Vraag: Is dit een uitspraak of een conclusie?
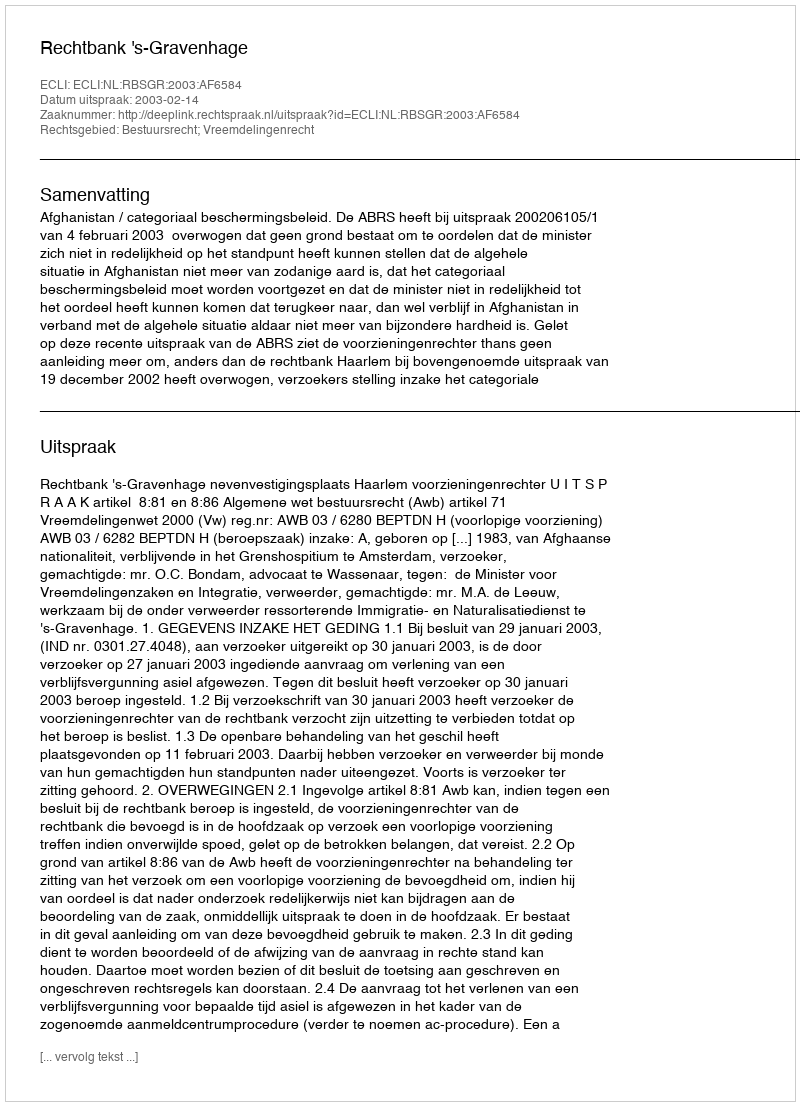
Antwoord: Uitspraak